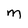
Character: M